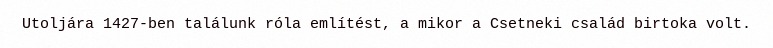
Utoljára 1427-ben találunk róla említést, a mikor a Csetneki család birtoka volt.